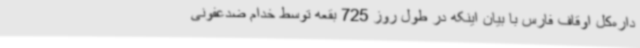
داره‌کل اوقاف فارس با بیان اینکه در طول روز 725 بقعه توسط خدام ضدعفونی